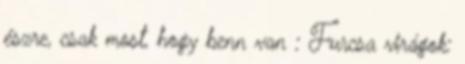
észre, csak most, hogy benn van : Furcsa virágok: